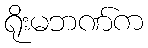
ရိုးမဘဏ်က